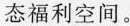
态福利空间。